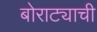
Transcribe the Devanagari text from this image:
बोराट्याची